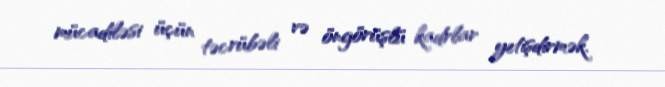
mücadiləsi üçün təcrübəli və öngörüşlü kadrlar yetişdirmək.